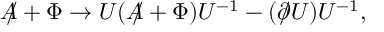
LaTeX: A \! \! \! / + \Phi \rightarrow U ( A \! \! \! / + \Phi ) U ^ { - 1 } - ( \partial \! \! \! / U ) U ^ { - 1 } ,